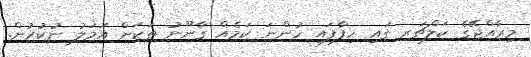
މިރާއްޖޭގެ ކަލްޗަރ ގައި ހިފާފައި ހުންނަ ކަމެއް ގާނޫނު ތަކަށް އަމަލު ނުކުރުން.